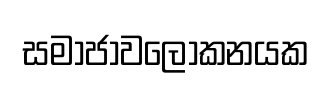
සමාජාවලෝකනයක